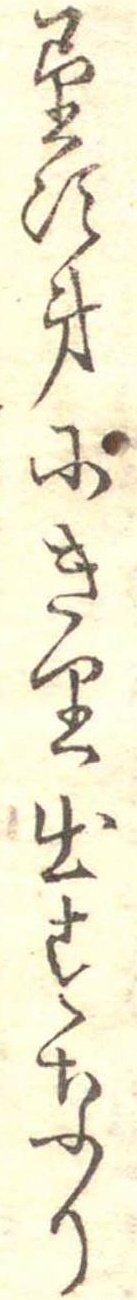
望次第にきり出すなり